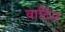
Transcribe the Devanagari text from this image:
वादिन